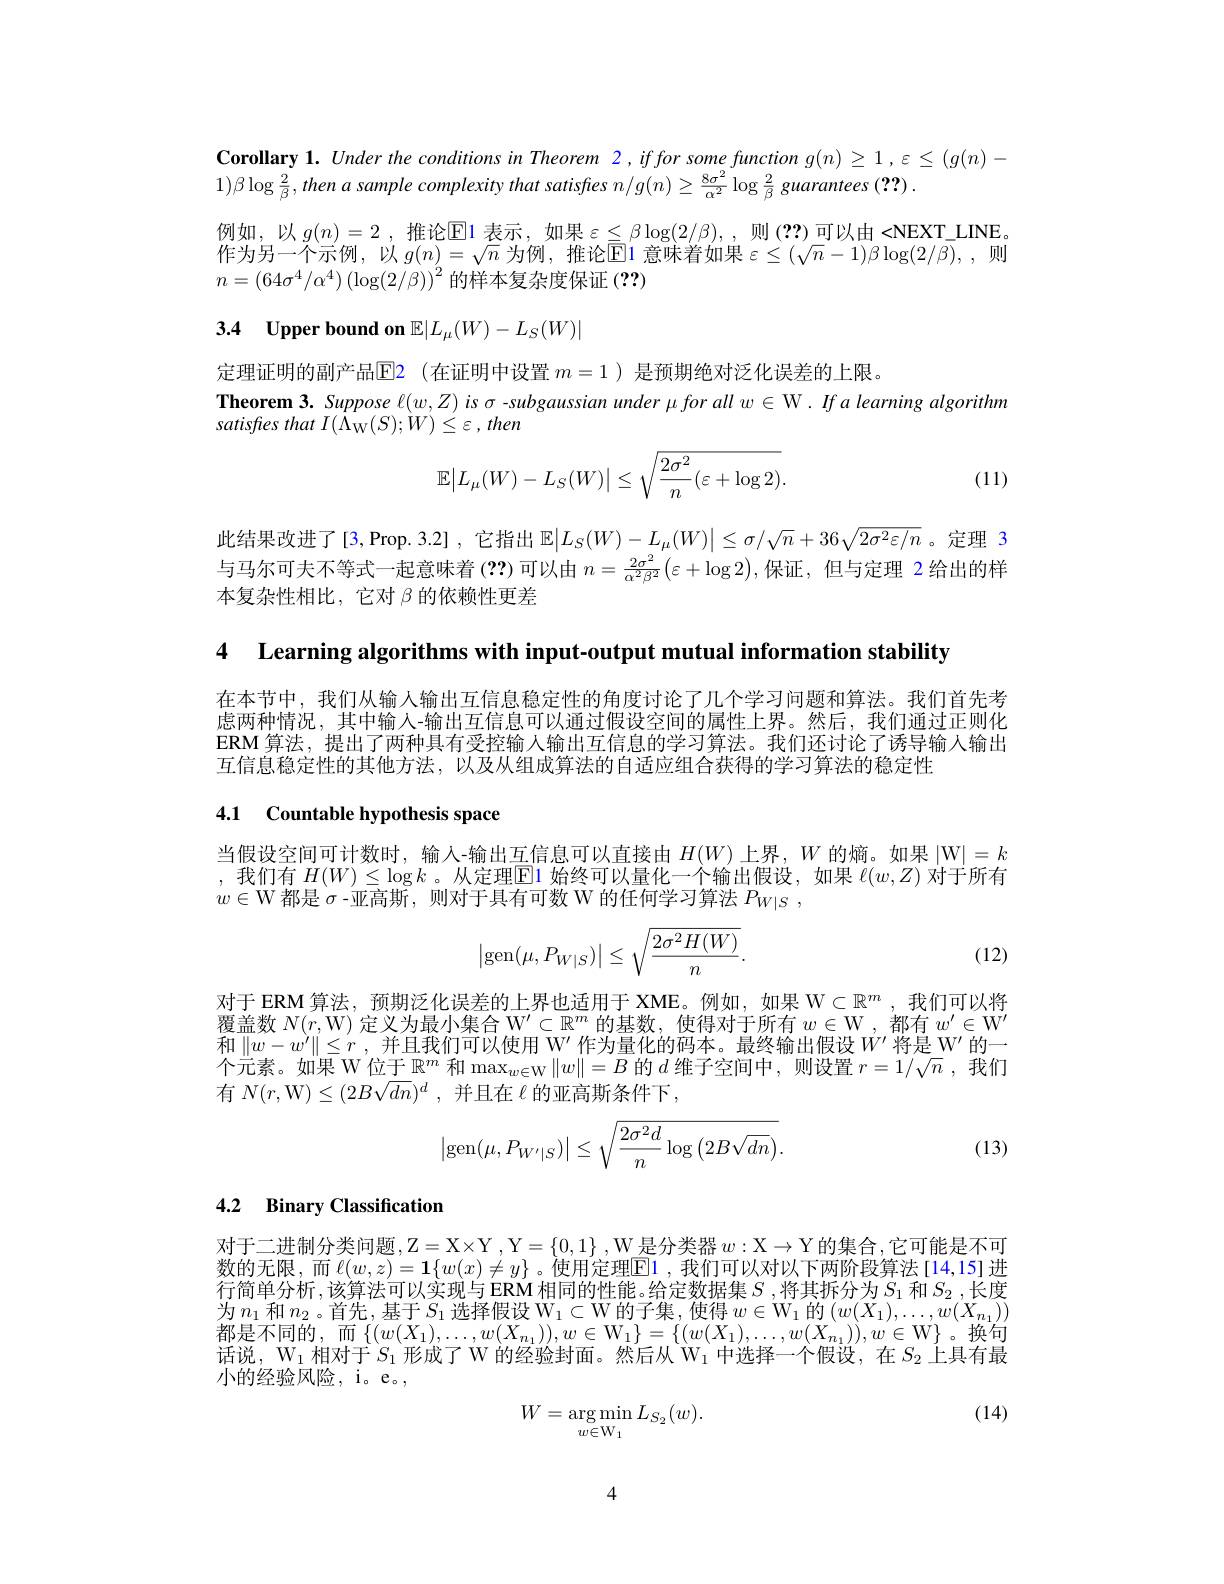
Corollary 1. Under the conditions in Theorem 2, iffor some function g(n) ≥ 1,ε≤ (g(n)-
$1)\beta\log\frac{2}{\beta}$,then a sample complexity that satisfies $n/ g( n) \geq \frac {8\sigma ^{2}}{\alpha ^{2}}\log \frac 2\beta$ guarantees (??).
例如，以$g(n)=2$ ,推论$\mathbb{E}$1 表示，如果$\varepsilon\leq\beta\log(2/\beta),$,则 (??)可以由 <NEXT\_LINE。作为另一个示例，以$g(n)=\sqrt{n}$为例，推论$\mathbb{E}$1 意味着如果$\varepsilon\leq(\sqrt n-1)\beta\log(2/\beta)$,则$n=\left(64\sigma^4/\alpha^4\right)\left(\log(2/\beta)\right)^2$的样本复杂度保证(??)

# 3.4 Upper bound on $\mathbb{E}|L_\mu(W)-L_S(W)|$

定理证明的副产品$\color{red}{\mathrm{E}}$2(在证明中设置 $m=1$ )是预期绝对泛化误差的上限。
Theorem 3. Suppose $\ell(w,Z)$ is $\sigma$ -subgaussian under \mu for all $w\in\mathcal{W}.$ If a learning algorithm
satisfies that $I( \ddot{\Lambda } _{\mathrm{W} }( S) ; \dot{W} ) \leq \varepsilon$ , then
$$\mathbb{E}\big|L_\mu(W)-L_S(W)\big|\leq\sqrt{\frac{2\sigma^2}{n}(\varepsilon+\log2)}.$$
(11)

此结果改进了[3,Prop.3.2],它指出$\mathbb{E}|L_S(W)-L_\mu(W)|\leq\sigma/\sqrt{n}+36\sqrt{2\sigma^2\varepsilon/n}$。定理 3与马尔可夫不等式一起意味着(??)可以由 $n=\frac{2\sigma^2}{\alpha^2\beta^2}\left(\varepsilon+\log2\right)$,保证，但与定理 2 给出的样本复杂性相比，它对$\beta$的依赖性更差

4 Learning algorithms with input-output mutual information stability

在本节中，我们从输入输出互信息稳定性的角度讨论了几个学习问题和算法。我们首先考虑两种情况，其中输入-输出互信息可以通过假设空间的属性上界。然后，我们通过正则化ERM 算法，提出了两种具有受控输人输出互信息的学习算法。我们还讨论了诱导输人输出互信息稳定性的其他方法，以及从组成算法的自适应组合获得的学习算法的稳定性

## 4.1 Countable hypothesis space

当假设空间可计数时，输入-输出互信息可以直接由$H(W)$上界，$W$的熵。如果|W$| = k$ ,我们有$H(W)\leq\log k$。从定理$\boxed{\text{El 始终可以量化一个输出假设，如果 }\ell(w,Z)}$对于所有$w\in\mathcal{W}$都是 $\sigma$ -亚高斯，则对于具有可数 W 的任何学习算法 $P_W|S$ .
$$\begin{vmatrix}\operatorname{gen}(\mu,P_{W|S})\end{vmatrix}\leq\sqrt{\frac{2\sigma^2H(W)}{n}}.$$
(12)

对于 ERM 算法，预期泛化误差的上界也适用于 XME。例如，如果 W$\subset\mathbb{R}^m$,我们可以将覆盖数$N(r$,W) 定义为最小集合$\mathbb{W}^\prime\subset\mathbb{R}^m$的基数，使得对于所有$w\in\mathcal{W}$,都有$w^\prime\in\mathcal{W}^\prime$ 和$\|w-w^\prime\|\leq r$,并且我们可以使用 W' 作为量化的码本。最终输出假设$W^\prime$将是 W' 的一个元素。如果 W 位于$\mathbb{R}^m$和$\max_w\in\mathbb{W}\|w\|=B$的$d$维子空间中，则设置$r=1/\sqrt n$ ,我们有$N(r$,W$) \leq ( 2B\sqrt dn) ^d$ ,并且在$\ell$的亚高斯条件下，
$$\begin{vmatrix}\mathrm{gen}(\mu,P_{W'|S})\end{vmatrix}\leq\sqrt{\frac{2\sigma^2d}{n}\log\left(2B\sqrt{dn}\right)}.$$
(13)

## 4.2 Binary Classification

对于二进制分类问题，$\mathbb{Z}=\mathbb{X}\times\mathbb{Y}$, Y$=\{0,1\}$ , W 是分类器$w:\mathbb{X}\to\mathbb{Y}$的集合，它可能是不可数的无限，而$\ell(w,z)=\mathbf{1}\{w(x)\neq y\}$ 。使用定理E1 ,我们可以对以下两阶段算法[14,15]进行简单分析，该算法可以实现与 ERM 相同的性能。给定数据集$S$ ,将其拆分为$S_1$和$S_2$,长度为 $n_{1}$ 和 $n_{2}$。首 先 ,基 于 $S_{1}\text{ 选 择 假 设 W}_{1}\subset$W 的 子 集 , 使 得 $w\in \mathrm{W} _1$ 的 $\left ( w( X_{1}) , \ldots , w( X_{n_{1}}) \right )$ 都 目 了 同 的 面 $\{ ( x( Y) , x( Y) ) , \ldots < \mathrm{W} _{1}\} \left \{ ( x( Y) , \ldots , w( Y) ) , \ldots , w( X_{n_{1}}) \right \}$ 都是不同的，而$\left\{(w(X_{1}),\ldots,w(X_{n_{1}})),w\in\mathrm{W}_{1}\right\}=\left\{(w(X_{1}),\ldots,w(X_{n_{1}})),w\in\mathrm{W}\right\}$。换句话说，$\mathrm{W}_1$相对于$S_1$形成了 W 的经验封面。然后从$\mathrm{W}_1$中选择一个假设，在$S_2$上具有最小的经验风险，i。e。

(14)
$$W=\underset{w\in\text{W}_1}{\arg\min}L_{S_2}(w).$$
4